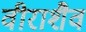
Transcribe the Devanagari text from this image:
वीराशैव